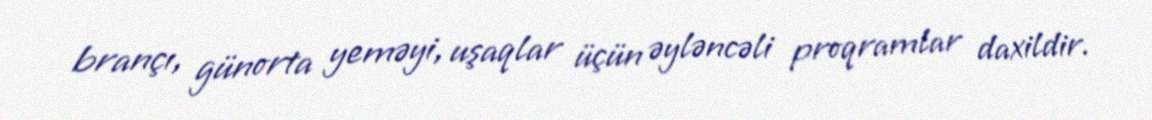
brançı, günorta yeməyi, uşaqlar üçün əyləncəli proqramlar daxildir.